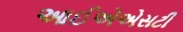
આઈએએસટી